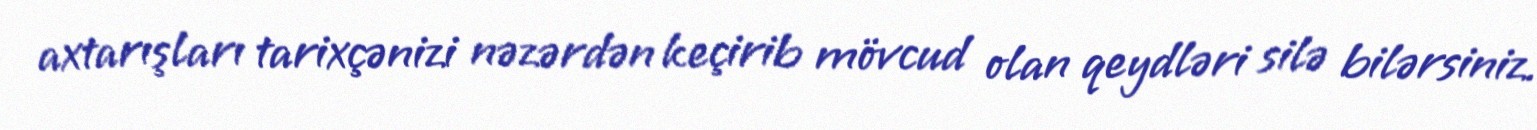
axtarışları tarixçənizi nəzərdən keçirib mövcud olan qeydləri silə bilərsiniz.